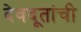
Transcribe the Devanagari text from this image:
देवदूतांची